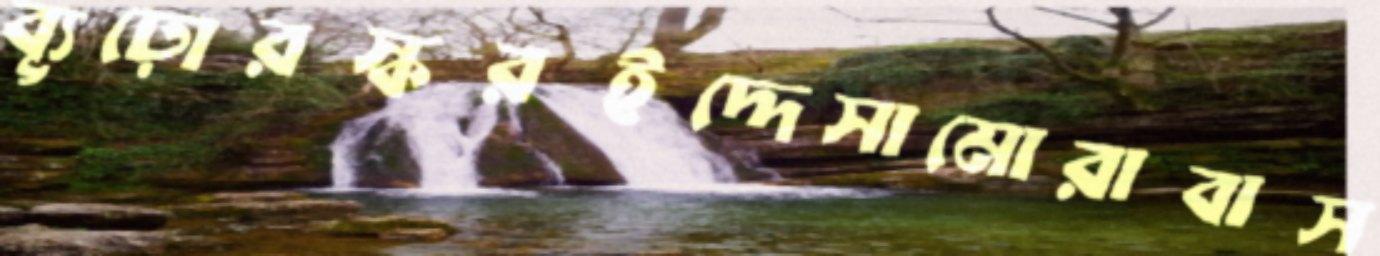
ব্যূঢ়োরস্করইদ্দেসামোরাবাস